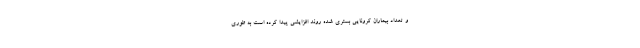
و تعداد بیماران کرونایی بستری شده روند افزایشی پیدا کرده است به طوری